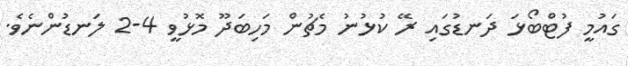
ގައުމީ ފުޓްބޯޅަ ދަނޑުގައި ރޭ ކުޅުނު މެޗުން މަހިބަދޫ މޮޅުވީ 4-2 ލަނޑުންނެވެ.